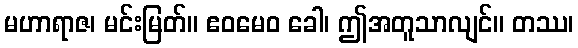
မဟာရာဇ၊ မင်းမြတ်။ ဧဝမေဝ ခေါ၊ ဤအတူသာလျင်။ တဿ၊